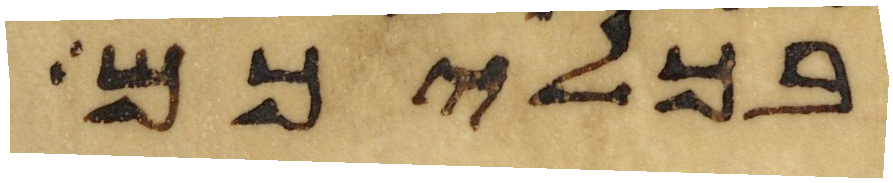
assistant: בכליכם